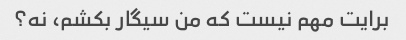
برایت مهم نیست که من سیگار بکشم، نه؟